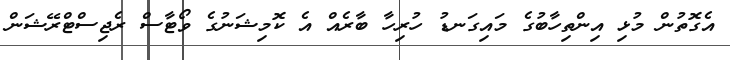
އެގޮތުން މުޅި އިންތިހާބުގެ މައިގަނޑު ހުރިހާ ބާރެއް އެ ކޮމިޝަނުގެ ވޯޓާސް ރެޖިސްޓްރޭޝަން